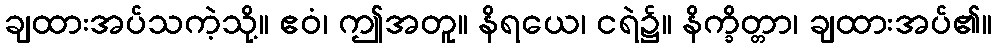
ချထားအပ်သကဲ့သို့။ ဧဝံ၊ ဤအတူ။ နိရယေ၊ ငရဲ၌။ နိက္ခိတ္တာ၊ ချထားအပ်၏။